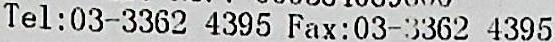
TEL:03-3362 4395 FAX:03-3362 4395